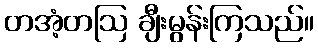
တအံ့တဩ ချီးမွန်းကြသည်။